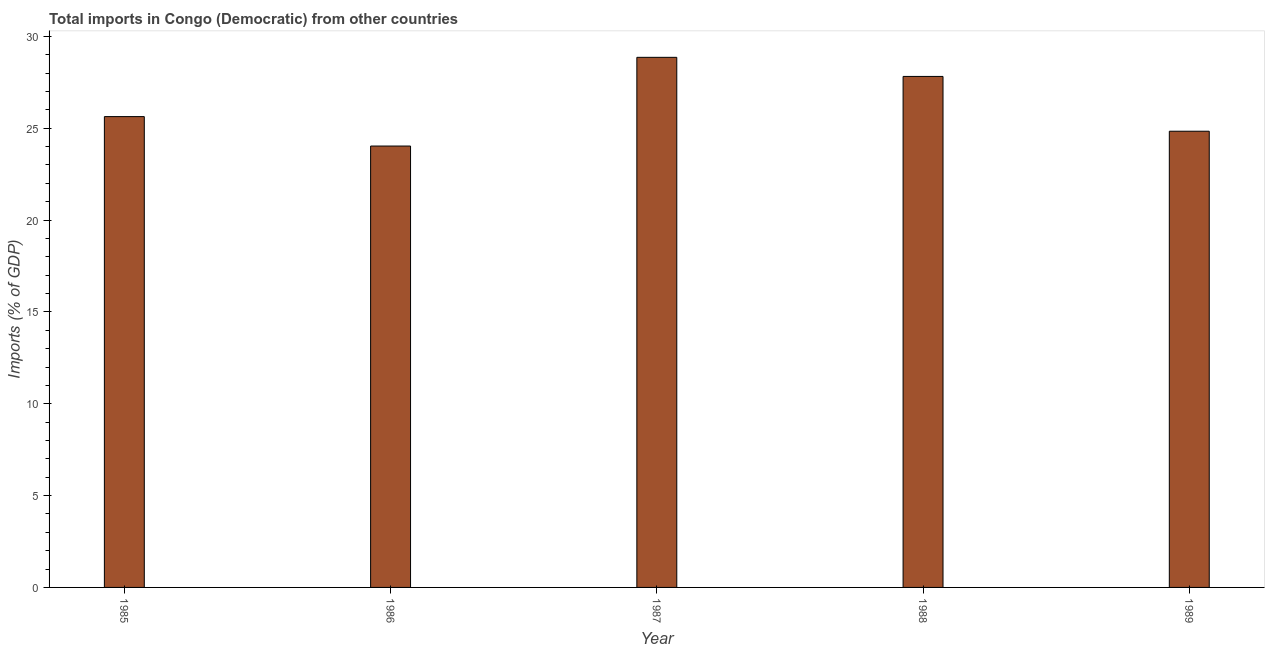
| Year | Imports |
 | --- | --- |
 | 1985 | 25.6 |
 | 1986 | 24 |
 | 1987 | 28.9 |
 | 1988 | 27.8 |
 | 1989 | 24.8 |